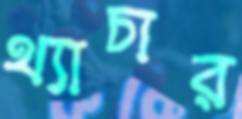
থ্যাচার